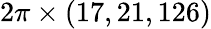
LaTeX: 2\pi\times(17,21,126)